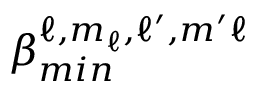
\beta _ { m i n } ^ { \ell , m _ { \ell } , \ell ^ { \prime } , m ^ { \prime } \ell }